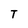
Character: T